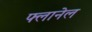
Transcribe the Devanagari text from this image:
फ्लानेल